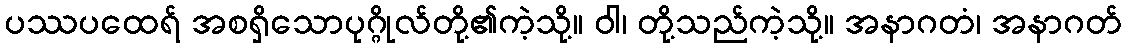
ပဿပထေရ် အစရှိသောပုဂ္ဂိုလ်တို့၏ကဲ့သို့။ ဝါ၊ တို့သည်ကဲ့သို့။ အနာဂတံ၊ အနာဂတ်